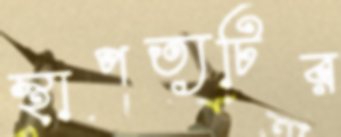
স্থাপত্যটির